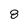
Character: 8